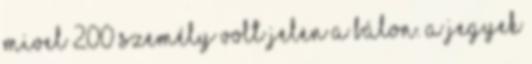
mivel 200 személy volt jelen a bálon. A jegyek